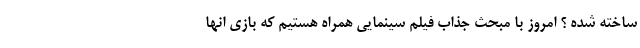
ساخته شده ؟ امروز با مبحث جذاب فیلم سینمایی همراه هستیم که بازی انها